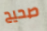
صحيح